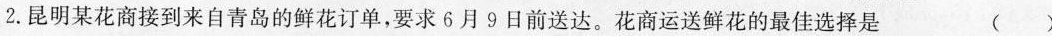
2.昆明某花商接到来自青岛的鲜花订单，要求6月9日前送达。花商运送鲜花的最佳选择是 ( )